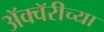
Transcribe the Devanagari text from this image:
अॅक्वॅरीच्या